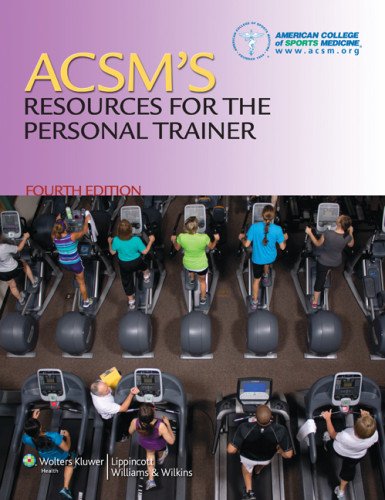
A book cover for ACSM Personal Trainer Study Kit; Lippincott  Williams & Wilkins; Medical Books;